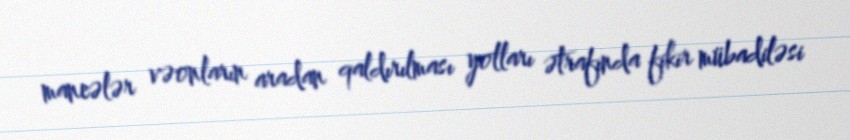
maneələr vəonların aradan qaldırılması yolları ətrafında fikir mübadiləsi